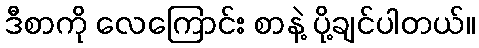
ဒီစာကို လေကြောင်း စာနဲ့ ပို့ချင်ပါတယ်။